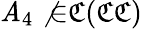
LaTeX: \mathit{A}_{4}\not{\in}{\mathfrak{{C}}}({\mathfrak{{C}}}{\mathfrak{{C}}})